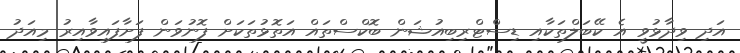
އަދި ވިދާޅުވީ އެ ކޭބަލްތަކާއި ޑިސްޓްރިބިއުޝަން ބޮކްސްތައް އަތޮޅުތަކަށް ފޮނުވަން ފަށާފައިވާއިރު މިއަދު